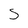
Character: 5